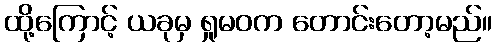
ထို့ကြောင့် ယခုမှ ရှုမဝက တောင်းတော့မည်။